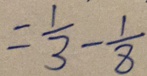
= \frac { 1 } { 3 } - \frac { 1 } { 8 }